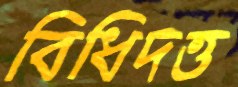
বিধিদত্ত